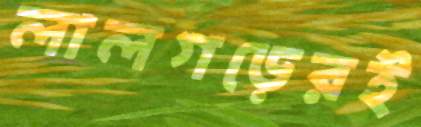
লালগড়েরই